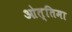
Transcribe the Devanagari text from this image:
ओत्तिमा